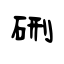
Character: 硎